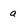
Character: a